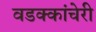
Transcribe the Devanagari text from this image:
वडक्कांचेरी